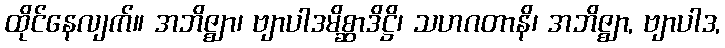
ထိုင်နေလျက်။ အဘိဇ္ဈာ၊ ဗျာပါဒမိစ္ဆာဒိဋ္ဌိ၊ သဟဂတာနိ၊ အဘိဇ္ဈာ, ဗျာပါဒ,